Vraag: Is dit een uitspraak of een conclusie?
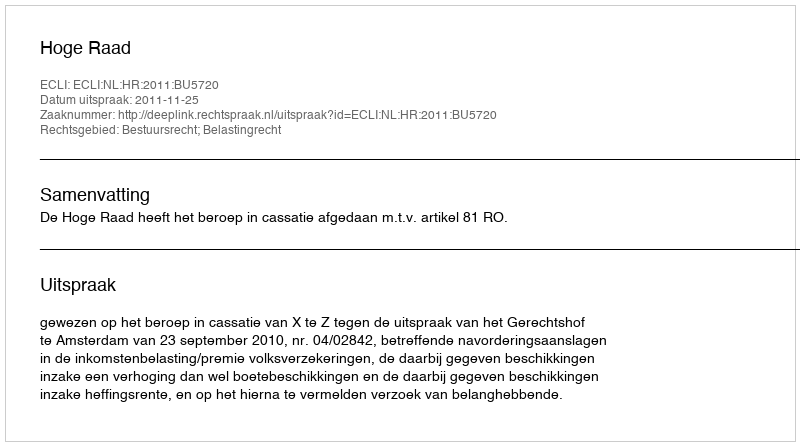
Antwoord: Uitspraak